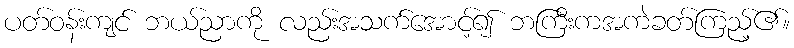
ပတ်ဝန်းကျင် ဘယ်ညာကို လည်းအသက်အောင့်၍ ဘကြီးကအကဲခတ်ကြည့်၏။